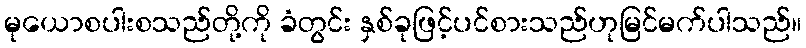
မုယောစပါးစသည်တို့ကို ခံတွင်း နှစ်ခုဖြင့်ပင်စားသည်ဟုမြင်မက်ပါသည်။